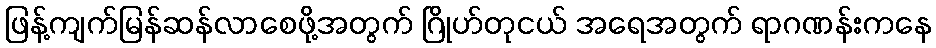
ဖြန့်ကျက်မြန်ဆန်လာစေဖို့အတွက် ဂြိုဟ်တုငယ် အရေအတွက် ရာဂဏန်းကနေ